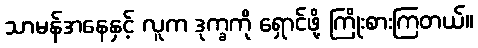
သာမန်အနေနှင့် လူက ဒုက္ခကို ရှောင်ဖို့ ကြိုးစားကြတယ်။